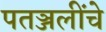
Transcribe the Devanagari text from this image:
पतञ्जलींचे